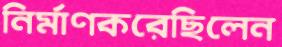
নির্মাণকরেছিলেন